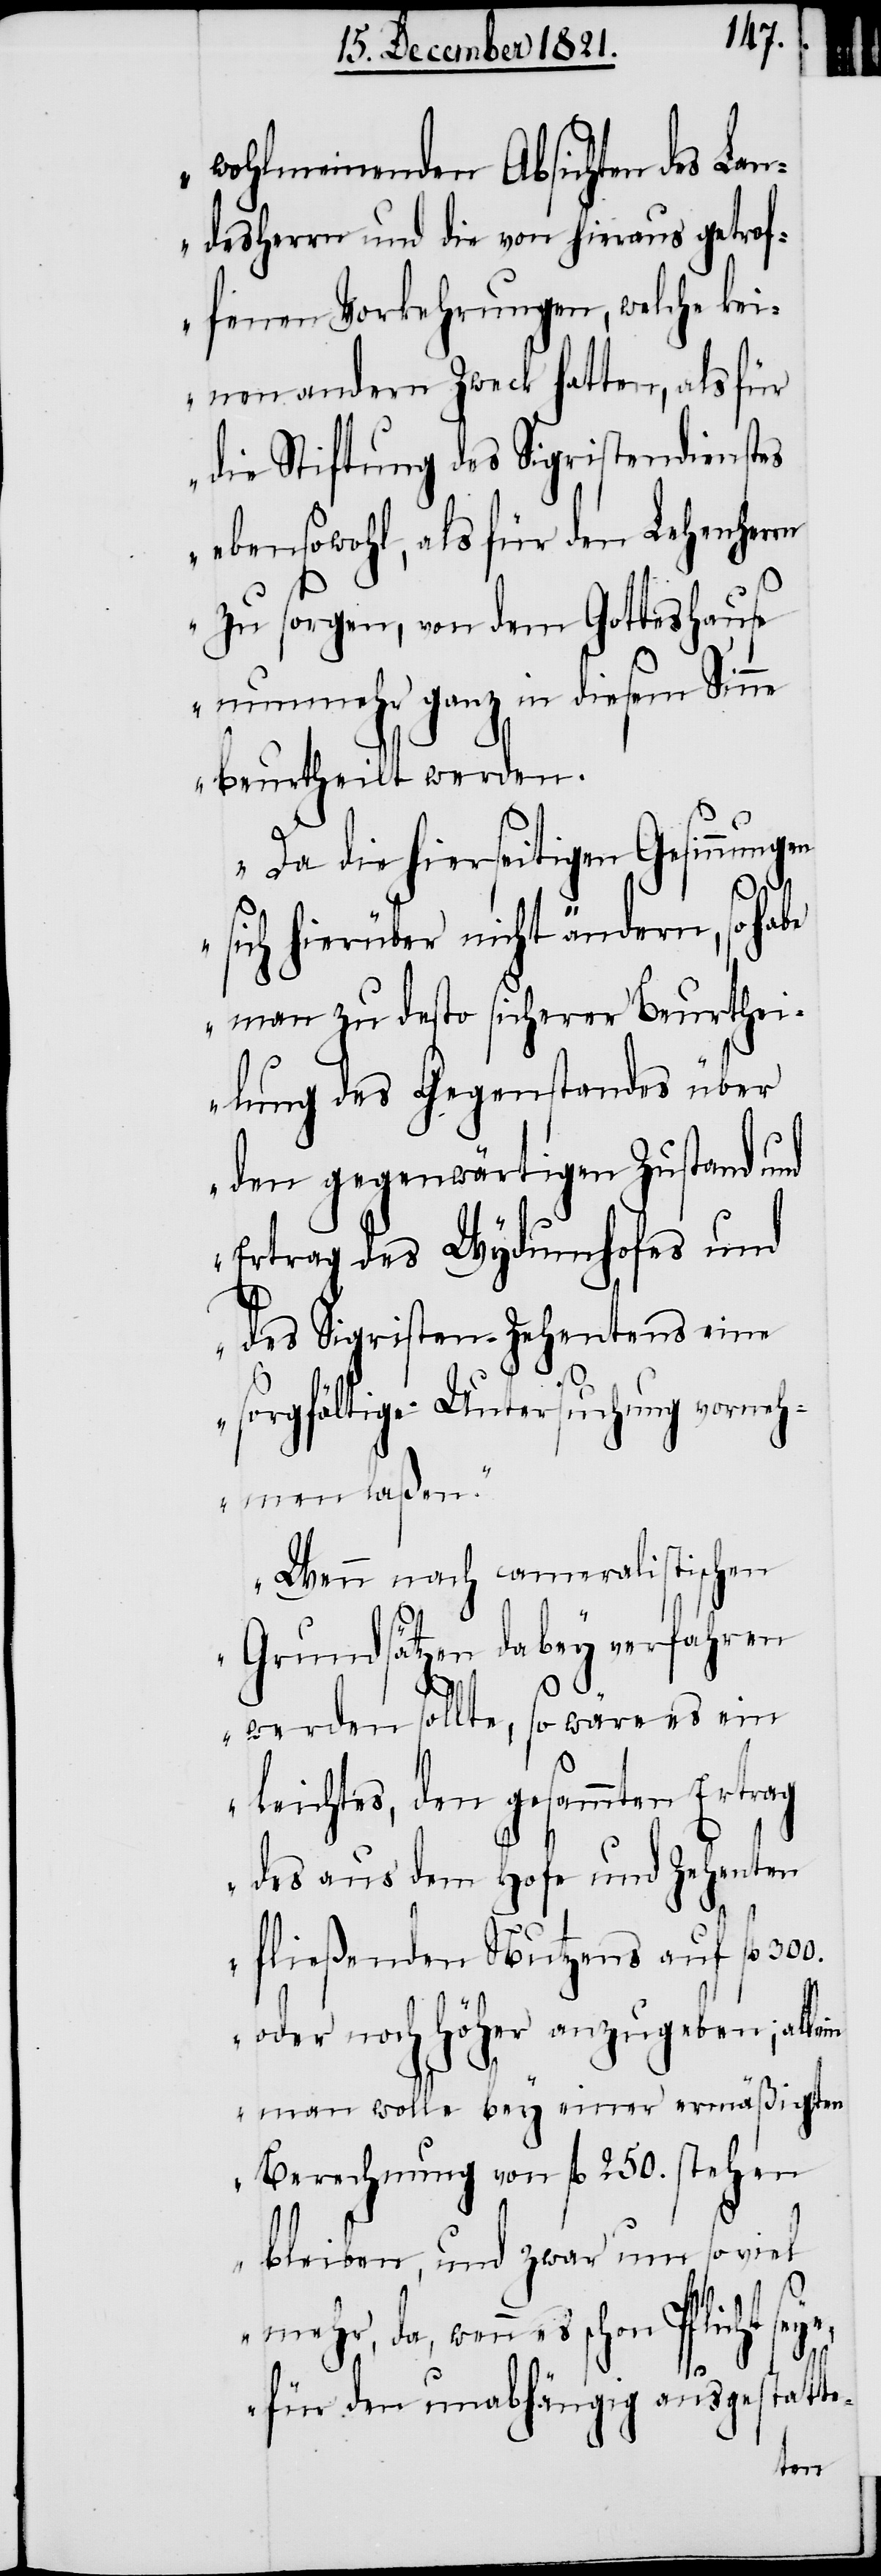
wohlmeinenden Absichten des La¬
ndesherrn und die von hieraus getrof¬
fenen Vorkehrungen, welche kei¬
nen andern Zweck hatten, als für
die Stiftung des Sigristendienstes
ebensowohl, als für den Lehenher¬
rn zu sorgen, von dem Gotteshause
nunmehr ganz in diesem Sinne
beurtheilt werden.
Da die hierseitigen Gesinnungen
sich hierüber nicht ändern, so habe
man zu desto sicherer Beurthei¬
lung des Gegenstandes über
den gegenwärtigen Zustand und
Ertrag des Wydumhofes und
des Sigristen-Zehentens eine
sorgfältige Untersuchung vorneh¬
men laßen.
Wenn nach cameralistischen
Grundsätzen dabey verfahren
werden sollte, so wäre es ein
Leichtes, den gesammten Ertrag
des aus dem Hofe und Zehenten
fließenden Nutzens auf fl.
oder noch höher anzugeben; all¬
man wolle bey einer ermäßigten
Berechnung von fl. 250. stehen
bleiben, und zwar um soviel
mehr, da, wenn es schon Pflicht se¬
ye,
für den unabhängig ausgestatte-
ein